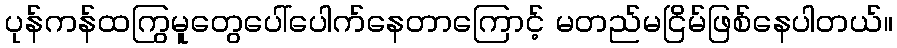
ပုန်ကန်ထကြွမူတွေပေါ်ပေါက်နေတာကြောင့် မတည်မငြိမ်ဖြစ်နေပါတယ်။